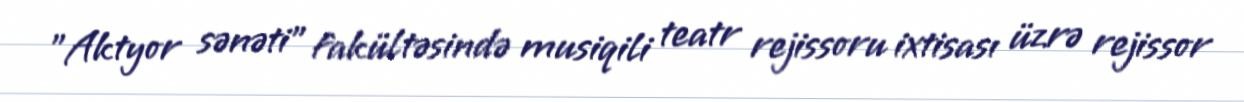
"Aktyor sənəti" fakültəsində musiqili teatr rejissoru ixtisası üzrə rejissor